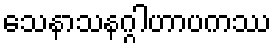
သေနာသနဂ္ဂါဟာပကဿ